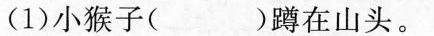
(1)小猴子( )蹲在山头。